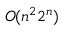
O ( n ^ { 2 } 2 ^ { n } )